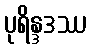
ပုရိန္ဒဒဿ